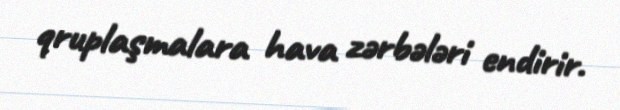
qruplaşmalara hava zərbələri endirir.